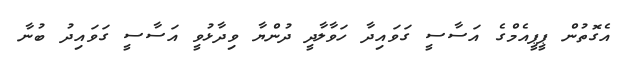
އެގޮތުން ޕީޕީއެމްގެ އަސާސީ ގަވައިދާ ހަވާލާދީ ދުންޔާ ވިދާޅުވީ އަސާސީ ގަވައިދު ބުނާ